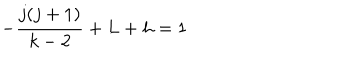
- { \frac { j ( j + 1 ) } { { k - 2 } } } + L + h = 1